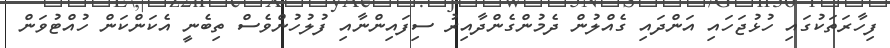
ފިހާރަތަކުގައި ހުޅުޖަހައި އަންދައި ގެއްލުން ދެމުންގެންދާއިރު ސިފައިންނާއި ފުލުހުންވެސް ތިބެނީ އެކަންކަން ހުއްޓުވަން